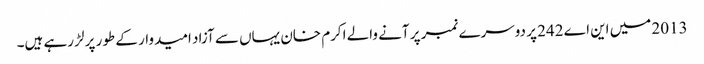
2013 میں این اے 242 پر دوسرے نمبر پر آنے والے اکرم خان یہاں سے آزاد امیدوار کے طور پر لڑ رہے ہیں۔